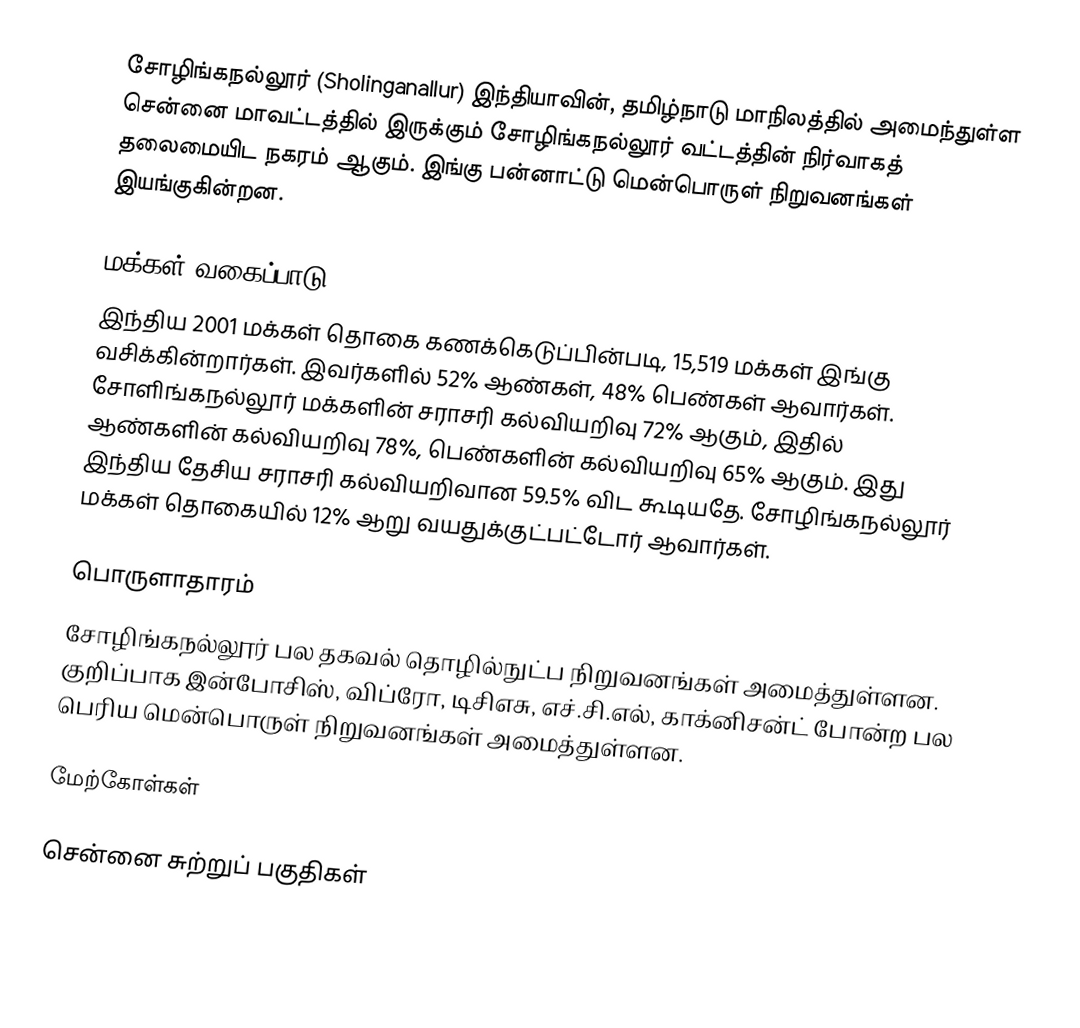
சோழிங்கநல்லூர் (Sholinganallur) இந்தியாவின், தமிழ்நாடு மாநிலத்தில் அமைந்துள்ள சென்னை மாவட்டத்தில் இருக்கும் சோழிங்கநல்லூர் வட்டத்தின் நிர்வாகத் தலைமையிட நகரம் ஆகும். இங்கு பன்னாட்டு மென்பொருள் நிறுவனங்கள் இயங்குகின்றன.

மக்கள் வகைப்பாடு
இந்திய 2001 மக்கள் தொகை கணக்கெடுப்பின்படி, 15,519 மக்கள் இங்கு வசிக்கின்றார்கள். இவர்களில் 52% ஆண்கள், 48% பெண்கள் ஆவார்கள். சோளிங்கநல்லூர் மக்களின் சராசரி கல்வியறிவு 72% ஆகும், இதில் ஆண்களின் கல்வியறிவு 78%, பெண்களின் கல்வியறிவு 65% ஆகும். இது இந்திய தேசிய சராசரி கல்வியறிவான 59.5% விட கூடியதே. சோழிங்கநல்லூர் மக்கள் தொகையில் 12%  ஆறு வயதுக்குட்பட்டோர் ஆவார்கள்.

பொருளாதாரம்
சோழிங்கநல்லூர் பல  தகவல் தொழில்நுட்ப நிறுவனங்கள் அமைத்துள்ளன. குறிப்பாக இன்போசிஸ், விப்ரோ, டிசிஎசு, எச்.சி.எல், காக்னிசன்ட் போன்ற பல பெரிய மென்பொருள் நிறுவனங்கள் அமைத்துள்ளன.

மேற்கோள்கள்

சென்னை சுற்றுப் பகுதிகள்